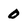
Character: 0